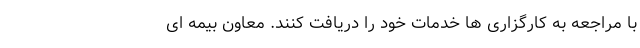
با مراجعه به کارگزاری ها خدمات خود را دریافت کنند. معاون بیمه ای